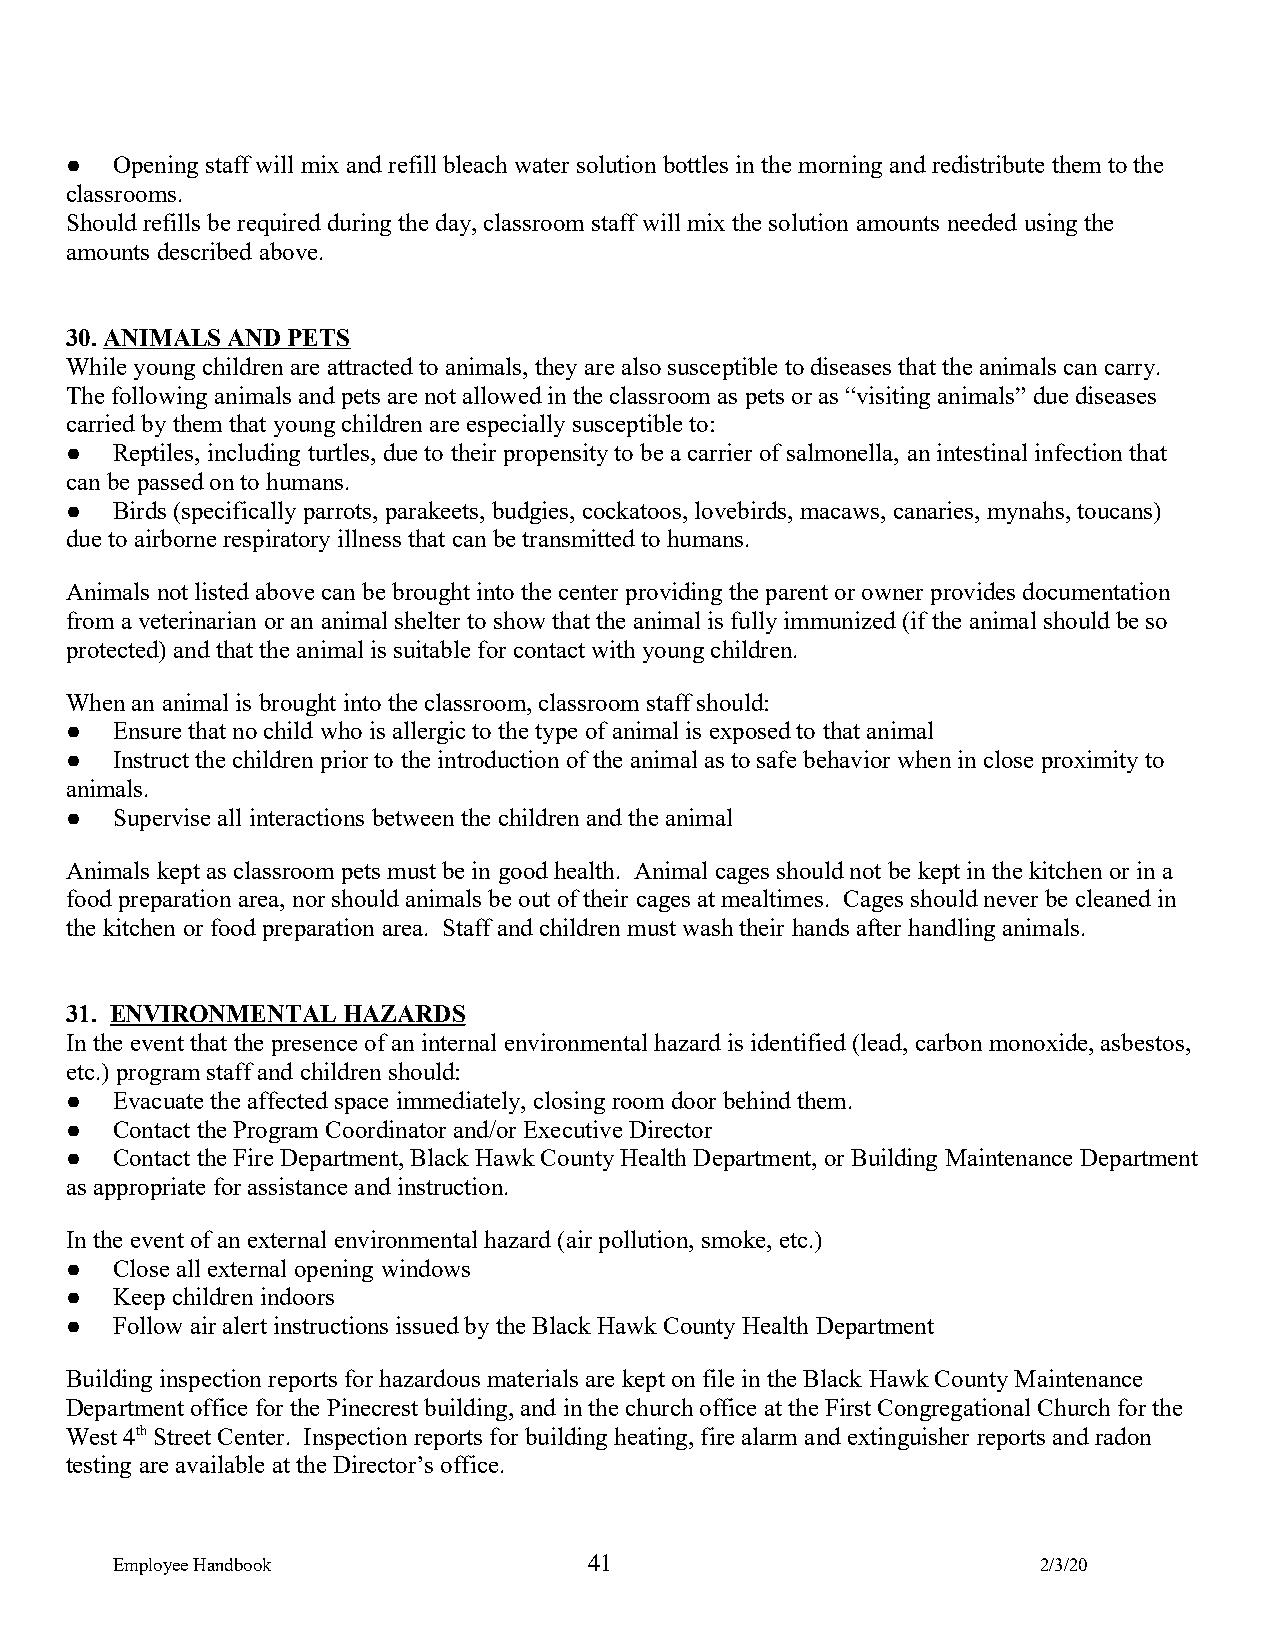
●  Opening staff will mix and refill bleach water solution bottles in the morning and redistribute them to the
 classrooms.
 Should refills be required during the day, classroom staff will mix the solution amounts needed using the
 amounts described above.
 30. ANIMALS AND PETS
 While young children are attracted to animals, they are also susceptible to diseases that the animals can carry.
 The following animals and pets are not allowed in the classroom as pets or as “visiting animals” due diseases
 carried by them that young children are especially susceptible to:
 ●  Reptiles, including turtles, due to their propensity to be a carrier of salmonella, an intestinal infection that
 can be passed on to humans.
 ●  Birds (specifically parrots, parakeets, budgies, cockatoos, lovebirds, macaws, canaries, mynahs, toucans)
 due to airborne respiratory illness that can be transmitted to humans.
 Animals not listed above can be brought into the center providing the parent or owner provides documentation
 from a veterinarian or an animal shelter to show that the animal is fully immunized (if the animal should be so
 protected) and that the animal is suitable for contact with young children.
 When an animal is brought into the classroom, classroom staff should:
 ●  Ensure that no child who is allergic to the type of animal is exposed to that animal
 ●  Instruct the children prior to the introduction of the animal as to safe behavior when in close proximity to
 animals.
 ●  Supervise all interactions between the children and the animal
 Animals kept as classroom pets must be in good health. Animal cages should not be kept in the kitchen or in a
 food preparation area, nor should animals be out of their cages at mealtimes. Cages should never be cleaned in
 the kitchen or food preparation area. Staff and children must wash their hands after handling animals.
 31. ENVIRONMENTAL  HAZARDS
 In the event that the presence of an internal environmental hazard is identified (lead, carbon monoxide, asbestos,
 etc.) program staff and children should:
 ●  Evacuate the affected space immediately, closing room door behind them.
 ●  Contact the Program Coordinator and/or Executive Director
 ●  Contact the Fire Department, Black Hawk County Health Department, or Building Maintenance Department
 as appropriate for assistance and instruction.
 In the event of an external environmental hazard (air pollution, smoke, etc.)
 ●  Close all external opening windows
 ●  Keep children indoors
 ●  Follow air alert instructions issued by the Black Hawk County Health Department
 Building inspection reports for hazardous materials are kept on file in the Black Hawk County Maintenance
 Department office for the Pinecrest building, and in the church office at the First Congregational Church for the
 West 4th Street Center. Inspection reports for building heating, fire alarm and extinguisher reports and radon
 testing are available at the Director’s office.
 Employee Handbook               41                            2/3/20